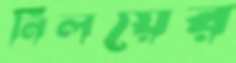
নিলয়ের